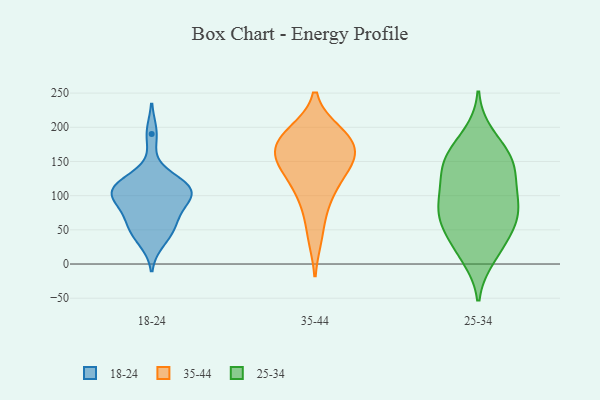
{"axis": {"x": "Bounce Rate (%)", "y": "Value"}, "legend": ["18-24", "25-34", "35-44"], "data": [{"x": "", "y": 107, "type": "18-24"}, {"x": "", "y": 93, "type": "18-24"}, {"x": "", "y": 63, "type": "18-24"}, {"x": "", "y": 115, "type": "18-24"}, {"x": "", "y": 103, "type": "18-24"}, {"x": "", "y": 110, "type": "18-24"}, {"x": "", "y": 190, "type": "18-24"}, {"x": "", "y": 76, "type": "18-24"}, {"x": "", "y": 50, "type": "18-24"}, {"x": "", "y": 99, "type": "18-24"}, {"x": "", "y": 34, "type": "18-24"}, {"x": "", "y": 111, "type": "18-24"}, {"x": "", "y": 124, "type": "18-24"}, {"x": "", "y": 51, "type": "18-24"}, {"x": "", "y": 108, "type": "35-44"}, {"x": "", "y": 192, "type": "35-44"}, {"x": "", "y": 87, "type": "35-44"}, {"x": "", "y": 155, "type": "35-44"}, {"x": "", "y": 41, "type": "35-44"}, {"x": "", "y": 180, "type": "35-44"}, {"x": "", "y": 156, "type": "35-44"}, {"x": "", "y": 187, "type": "35-44"}, {"x": "", "y": 183, "type": "35-44"}, {"x": "", "y": 131, "type": "35-44"}, {"x": "", "y": 161, "type": "35-44"}, {"x": "", "y": 140, "type": "35-44"}, {"x": "", "y": 83, "type": "25-34"}, {"x": "", "y": 53, "type": "25-34"}, {"x": "", "y": 106, "type": "25-34"}, {"x": "", "y": 17, "type": "25-34"}, {"x": "", "y": 82, "type": "25-34"}, {"x": "", "y": 131, "type": "25-34"}, {"x": "", "y": 79, "type": "25-34"}, {"x": "", "y": 189, "type": "25-34"}, {"x": "", "y": 135, "type": "25-34"}, {"x": "", "y": 64, "type": "25-34"}, {"x": "", "y": 34, "type": "25-34"}, {"x": "", "y": 162, "type": "25-34"}, {"x": "", "y": 165, "type": "25-34"}, {"x": "", "y": 103, "type": "25-34"}, {"x": "", "y": 147, "type": "25-34"}, {"x": "", "y": 60, "type": "25-34"}, {"x": "", "y": 147, "type": "25-34"}, {"x": "", "y": 10, "type": "25-34"}]}